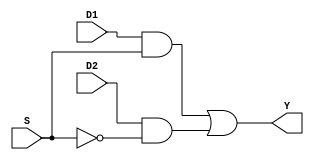
`timescale 1ns / 1ps

module Mux_2_To_1( input S, input D1, input D2, output Y );
    // module behavior
    assign Y = (D1 & S) | (D2 & ~S);
    
endmodule